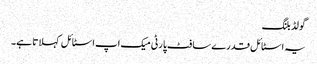
گو لڈ بلنگ
یہ اسٹا ئل قدرے سا فٹ پا رٹی میک اپ اسٹا ئل کہلا تا ہے۔